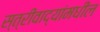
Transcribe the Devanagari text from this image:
स्त्रीवाद्यांमधील